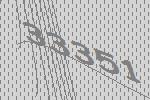
33351